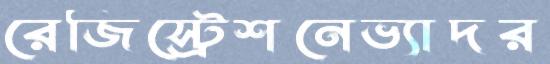
রেজিস্ট্রেশনেভ্যাদর